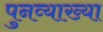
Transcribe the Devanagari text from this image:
पुनव्याख्या